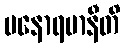
မနောရမာနီတိ